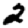
Digit: 2